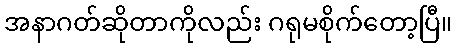
အနာဂတ်ဆိုတာကိုလည်း ဂရုမစိုက်တော့ပြီ။